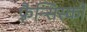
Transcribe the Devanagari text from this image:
फ़्रैन्सिस्को